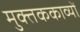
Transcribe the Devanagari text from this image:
मुक्तककाव्यों